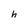
Character: h